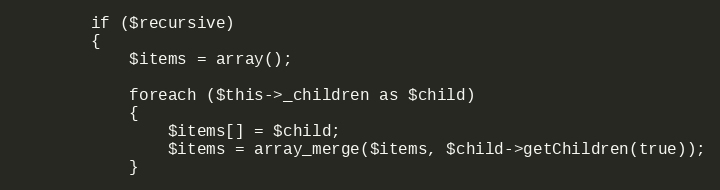
Language: PHP
		if ($recursive)
		{
			$items = array();

			foreach ($this->_children as $child)
			{
				$items[] = $child;
				$items = array_merge($items, $child->getChildren(true));
			}